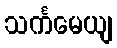
သင်္ကမေယျ